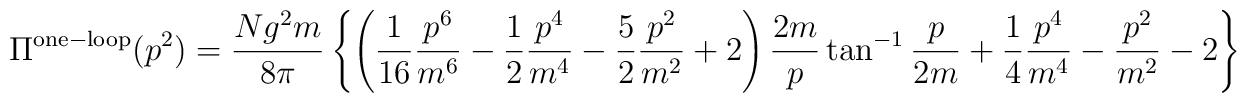
\Pi^{\rm one-loop} (p^2) = \frac{Ng^2m}{8\pi} \left\{\left( \frac{1}{16} \frac{p^6}{m^6} -\frac{1}{2} \frac{p^4}{m^4} - \frac{5}{2} \frac{p^2}{m^2} + 2 \right) \frac{2m}{p}\tan^{-1}  \frac{p}{2m} + \frac{1}{4} \frac{p^4}{m^4} - \frac{p^2}{m^2} -2 \right\}